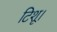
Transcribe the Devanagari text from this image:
टिशू।